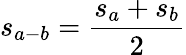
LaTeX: s_{a-b}=\frac{s_{a}+s_{b}}{2}